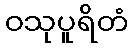
ဝသုပူရိတံ